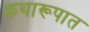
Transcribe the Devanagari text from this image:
कथारूपात